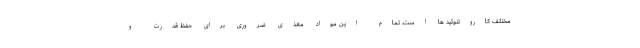
مختلف کاروتنوئید ها است. تمام این مواد مغذی ضروری برای حفظ قدرت و